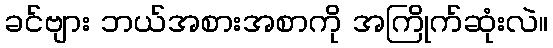
ခင်ဗျား ဘယ်အစားအစာကို အကြိုက်ဆုံးလဲ။